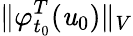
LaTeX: \Vert\varphi_{t_{0}}^{T}(\mathit{u}_{0})\Vert_{V}